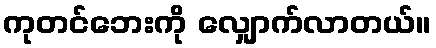
ကုတင်ဘေးကို လျှောက်လာတယ်။